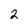
Character: 2